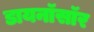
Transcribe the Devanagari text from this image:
डायनॉसॉर